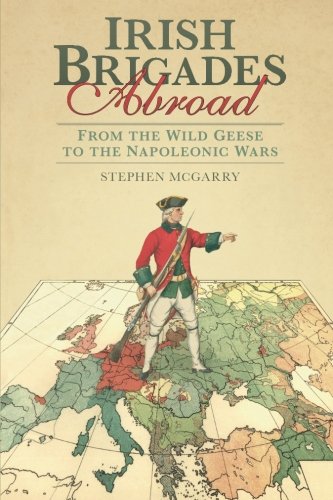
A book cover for Irish Brigades Abroad: From the Wild Geese to the Napoleonic Wars; Stephen McGarry; History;